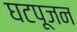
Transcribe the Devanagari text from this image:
घटपूजन